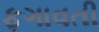
ફગાવતી